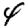
Digit: 4